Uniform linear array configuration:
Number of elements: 48
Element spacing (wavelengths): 0.75
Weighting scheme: exponential
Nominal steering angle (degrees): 15
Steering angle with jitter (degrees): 16.295
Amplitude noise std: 0.05
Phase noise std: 0.05

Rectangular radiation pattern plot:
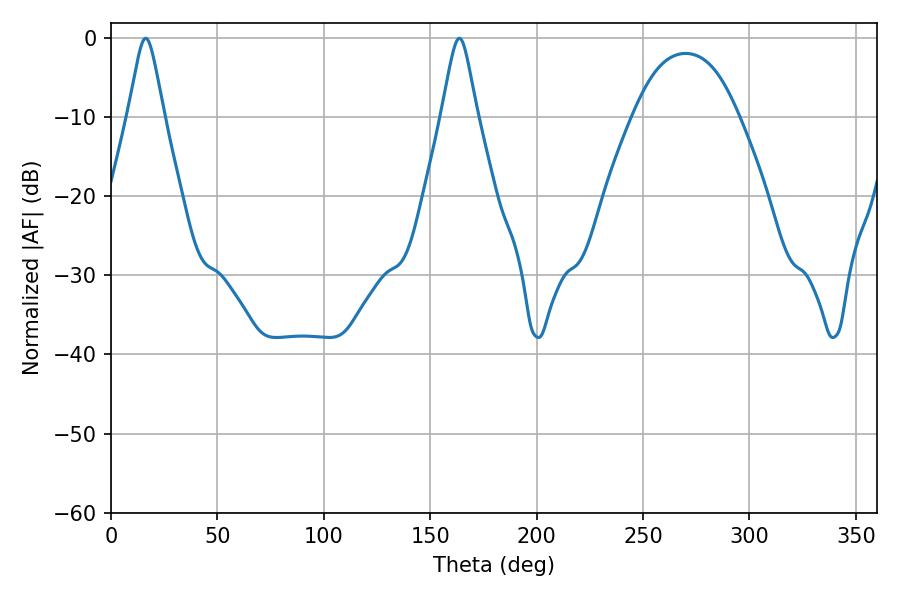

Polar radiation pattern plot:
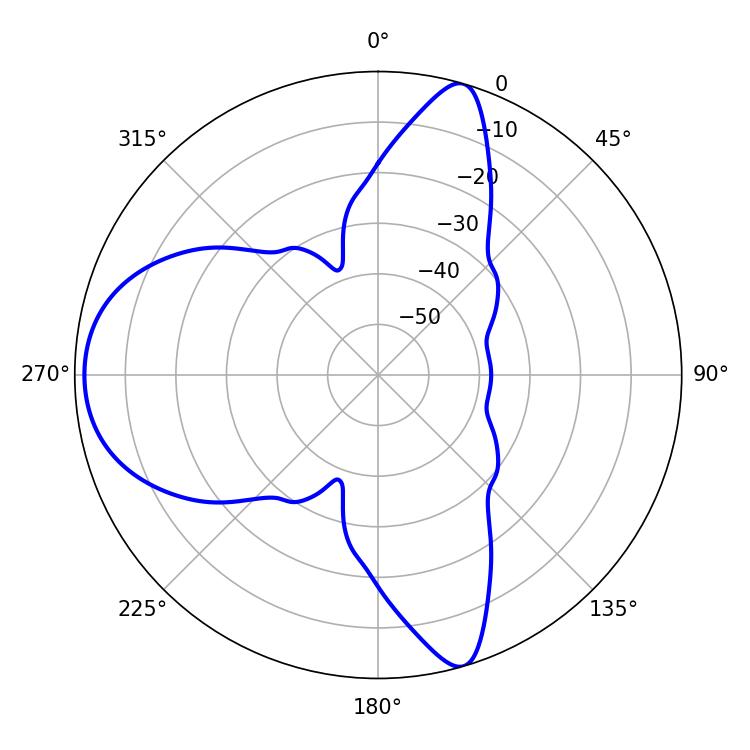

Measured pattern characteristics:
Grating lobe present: TRUE
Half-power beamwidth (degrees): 7.92
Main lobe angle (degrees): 163.62